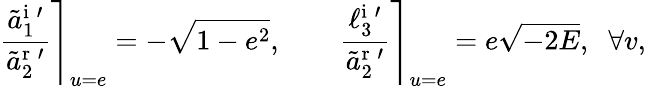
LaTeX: \left.\frac{\tilde{a}_{1}^{\textrm{i}\; \prime}}{\tilde{a}_{2}^{\textrm{r}\; \prime}}\right\rceil_{u=e}=-\sqrt{1-e^{2}},\qquad\left.\frac{\ell_{3}^{\textrm{i}\; \prime}}{\tilde{a}_{2}^{\textrm{r}\; \prime}}\right\rceil_{u=e}=e\sqrt{-2E},\; \; \forall v,